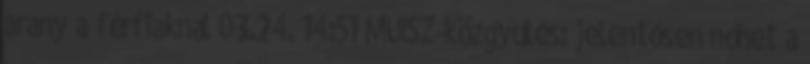
arany a férfiaknál 03.24. 14:51 MUISZ-közgyűlés: jelentősen nőhet a